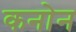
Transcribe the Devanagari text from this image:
कनोन